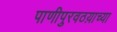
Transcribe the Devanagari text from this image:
पाणीपुरवठय़ाच्या